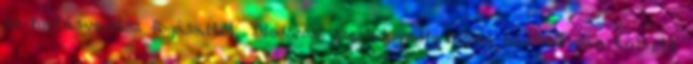
és hatásvadász fogásaitól, Diodórosz szerint pedig összes honfitársán túltett